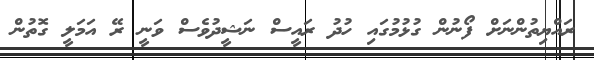
ރައްޔިތުންނަށް ފޯނުން ގުޅުމުގައި ހުދު ރައީސް ނަޝީދުވެސް ވަނީ ރޭ އަމަލީ ގޮތުން